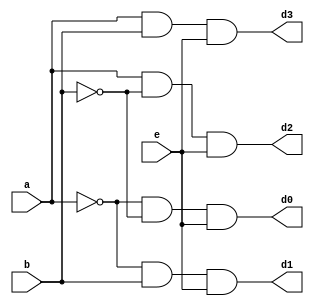

//////////////////////////////////////////////////////////////////////////////////
// Company: 
// Engineer: 
// 
// Design Name: 
// Module Name:    decoder24 
// Project Name: 
// Target Devices: 
// Tool versions: 
// Description: 
//
// Dependencies: 
//
// Revision: 
// Revision 0.01 - File Created
// Additional Comments: 
//
//////////////////////////////////////////////////////////////////////////////////
module decoder24(a,b,e,d0,d1,d2,d3);
input a,b,e;
output d0,d1,d2,d3;
assign d0={(~a)&(~b)&(e)};
assign d1={(~a)&(b)&(e)};
assign d2={(a)&(~b)&(e)};
assign d3={(a)&(b)&(e)};
endmodule